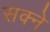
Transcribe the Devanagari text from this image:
सक्ने